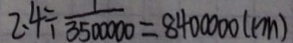
2 . 4 \div \frac { 1 } { 3 5 0 0 0 0 0 } = 8 4 0 0 0 0 0 ( c m )